Indian journal of veterinary science and animal husbandry - Volumes 18-21, 1948-1951
Year: 1948
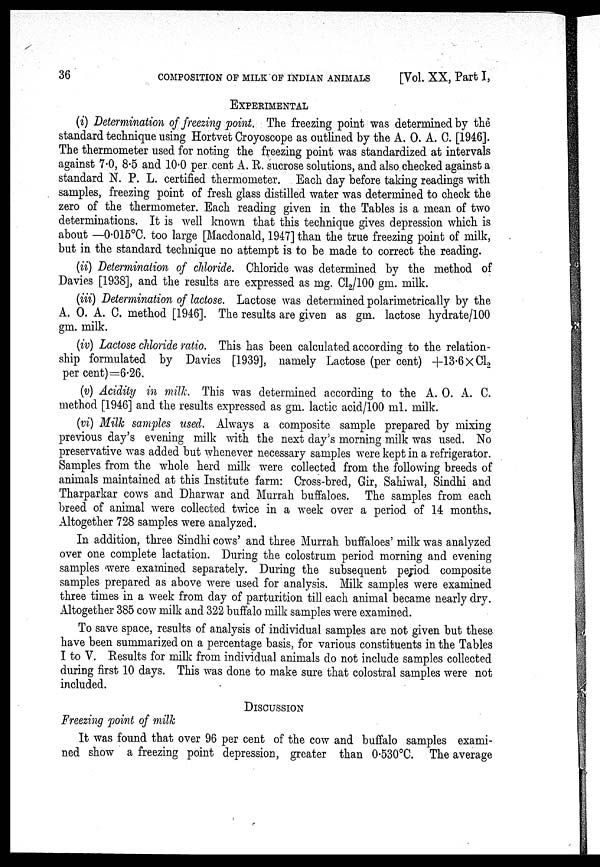
36
COMPOSITION OF MILK OF INDIAN ANIMALS
[Vol. XX, Part I,
EXPERIMENTAL
(i) Determination of freezing point. The freezing point was determined by the
standard technique using Hortvet Croyoscope as outlined by the A. O. A. C. [1946].
The thermometer used for noting the freezing point was standardized at intervals
against 7.0, 8.5 and 10.0 per cent A. R. sucrose solutions, and also checked against a
standard N. P. L. certified thermometer. Each day before taking readings with
samples, freezing point of fresh glass distilled water was determined to check the
zero of the thermometer. Each reading given in the Tables is a mean of two
determinations. It is well known that this technique gives depression which is
about —0.015°C. too large [Macdonald, 1947] than the true freezing point of milk,
but in the standard technique no attempt is to be made to correct the reading.
(ii) Determination of chloride. Chloride was determined by the method of
Davies [1938], and the results are expressed as mg. Cl 2 /100 gm. milk.
(iii) Determination of lactose. Lactose was determined polarimetrically by the
A. O. A. C. method [1946]. The results are given as gm. lactose hydrate/100
gm. milk.
(iv) Lactose chloride ratio. This has been calculated according to the relation-
ship formulated by Davies [1939], namely Lactose (per cent) +13.6 × Cl 2
per cent)=6.26.
(v) Acidity in milk. This was determined according to the A. O. A. C.
method [1946] and the results expressed as gm. lactic acid/100 ml. milk.
(vi) Milk samples used. Always a composite sample prepared by mixing
previous day's evening milk with the next day's morning milk was used. No
preservative was added but whenever necessary samples were kept in a refrigerator.
Samples from the whole herd milk were collected from the following breeds of
animals maintained at this Institute farm: Cross-bred, Gir, Sahiwal, Sindhi and
Tharparkar cows and Dharwar and Murrah buffaloes. The samples from each
breed of animal were collected twice in a week over a period of 14 months.
Altogether 728 samples were analyzed.
In addition, three Sindhi cows' and three Murrah buffaloes' milk was analyzed
over one complete lactation. During the colostrum period morning and evening
samples were examined separately. During the subsequent period composite
samples prepared as above were used for analysis. Milk samples were examined
three times in a week from day of parturition till each animal became nearly dry.
Altogether 385 cow milk and 322 buffalo milk samples were examined.
To save space, results of analysis of individual samples are not given but these
have been summarized on a percentage basis, for various constituents in the Tables
I to V. Results for milk from individual animals do not include samples collected
during first 10 days. This was done to make sure that colostral samples were not
included.
DISCUSSION
Freezing point of milk
It was found that over 96 per cent of the cow and buffalo samples exami-
ned show a freezing point depression, greater than 0.530°C. The average